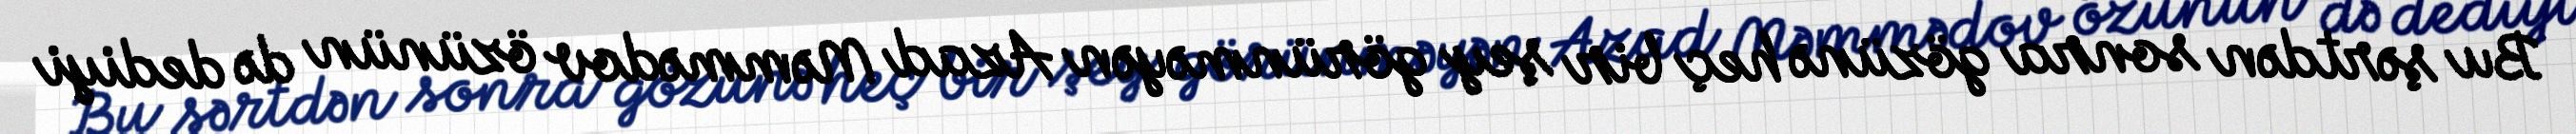
Bu şərtdən sonra gözünə heç bir şey görünməyən Azad Məmmədov özünün də dediyi